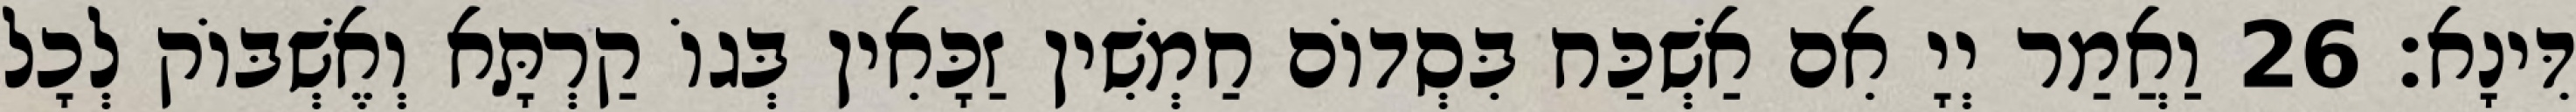
דִּינָא׃ 26 וַאֲמַר יְיָ אִם אַשְׁכַּח בִּסְדוֹם חַמְשִׁין זַכָּאִין בְּגוֹ קַרְתָּא וְאֶשְׁבּוֹק לְכָל